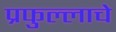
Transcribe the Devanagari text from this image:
प्रफुल्लाचे